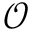
\mathcal { O }